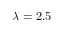
\lambda = 2 . 5